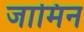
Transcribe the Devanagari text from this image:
जामिन